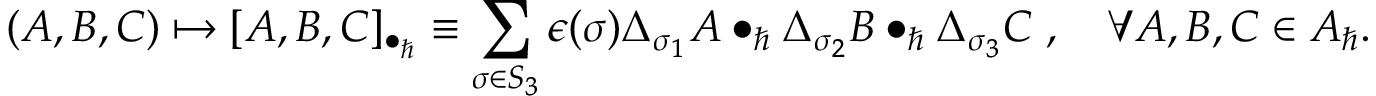
( A , B , C ) \mapsto [ A , B , C ] _ { \bullet _ { \hbar } } \equiv \sum _ { \sigma \in S _ { 3 } } \epsilon ( \sigma ) \Delta _ { \sigma _ { 1 } } A \bullet _ { \hbar } \Delta _ { \sigma _ { 2 } } B \bullet _ { \hbar } \Delta _ { \sigma _ { 3 } } C \; , \quad \forall A , B , C \in { \cal A } _ { \hbar } .